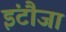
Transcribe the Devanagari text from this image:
इंटौजा